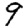
Digit: 9